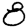
Digit: 8